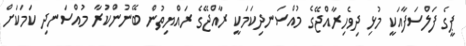
ޕީގެ ފަލްސަފާއަކީ މުޅި ދިވެހިރާއްޖޭގެ މުއްސަނދިކަމަކީ ރާއްޖޭގެ ރައްޔިތުން ބޭނުންކުރާ މުއްސަނދި ކަމަކަށް